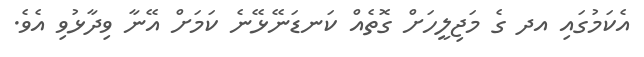
އެކަމުގައި އދ ގެ މަޖިލީހަށް ގޮތެއް ކަނޑަނޭޅޭނެ ކަމަށް އޭނާ ވިދާޅުވި އެވެ.